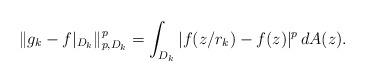
LaTeX: \begin{align*} \| g_k - f|_{D_k} \|^p_{p,D_k} = \int_{D_k} |f(z/r_k) - f(z)|^p \,dA(z).\end{align*}